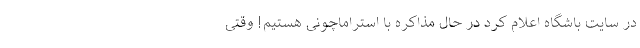
در سایت باشگاه اعلام کرد در حال مذاکره با استراماچونی هستیم! وقتی